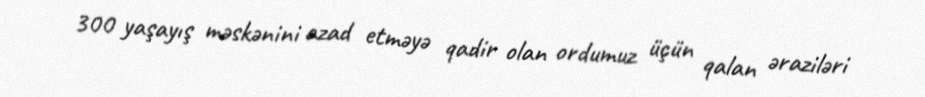
300 yaşayış məskənini azad etməyə qadir olan ordumuz üçün qalan əraziləri